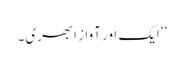
‘‘ ایک اور آواز ابھری۔